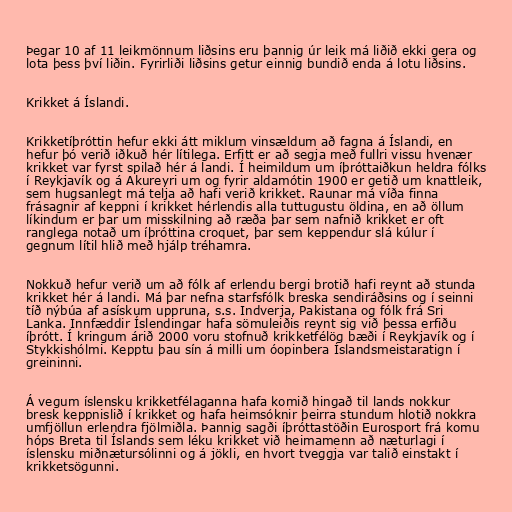
Þegar 10 af 11 leikmönnum liðsins eru þannig úr leik má liðið ekki gera og
lota þess því liðin. Fyrirliði liðsins getur einnig bundið enda á lotu liðsins.

Krikket á Íslandi.

Krikketíþróttin hefur ekki átt miklum vinsældum að fagna á Íslandi, en
hefur þó verið iðkuð hér lítilega. Erfitt er að segja með fullri vissu hvenær
krikket var fyrst spilað hér á landi. Í heimildum um íþróttaiðkun heldra fólks
í Reykjavík og á Akureyri um og fyrir aldamótin 1900 er getið um knattleik,
sem hugsanlegt má telja að hafi verið krikket. Raunar má víða finna
frásagnir af keppni í krikket hérlendis alla tuttugustu öldina, en að öllum
líkindum er þar um misskilning að ræða þar sem nafnið krikket er oft
ranglega notað um íþróttina croquet, þar sem keppendur slá kúlur í
gegnum lítil hlið með hjálp tréhamra.

Nokkuð hefur verið um að fólk af erlendu bergi brotið hafi reynt að stunda
krikket hér á landi. Má þar nefna starfsfólk breska sendiráðsins og í seinni
tíð nýbúa af asískum uppruna, s.s. Indverja, Pakistana og fólk frá Sri
Lanka. Innfæddir Íslendingar hafa sömuleiðis reynt sig við þessa erfiðu
íþrótt. Í kringum árið 2000 voru stofnuð krikketfélög bæði í Reykjavík og í
Stykkishólmi. Kepptu þau sín á milli um óopinbera Íslandsmeistaratign í
greininni.

Á vegum íslensku krikketfélaganna hafa komið hingað til lands nokkur
bresk keppnislið í krikket og hafa heimsóknir þeirra stundum hlotið nokkra
umfjöllun erlendra fjölmiðla. Þannig sagði íþróttastöðin Eurosport frá komu
hóps Breta til Íslands sem léku krikket við heimamenn að næturlagi í
íslensku miðnætursólinni og á jökli, en hvort tveggja var talið einstakt í
krikketsögunni.